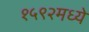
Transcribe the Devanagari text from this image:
१५९२मध्ये